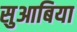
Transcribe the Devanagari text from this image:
सुआबिया